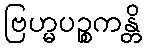
ဗြဟ္မပဉ္စကန္တိ